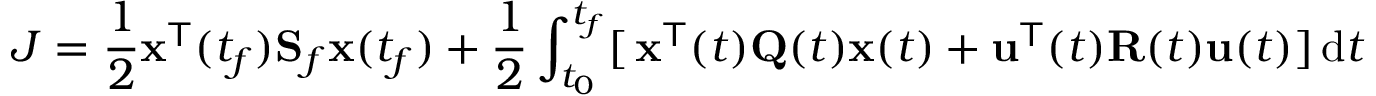
J = { \frac { 1 } { 2 } } \mathbf { x } ^ { \mathsf { T } } ( t _ { f } ) \mathbf { S } _ { f } \mathbf { x } ( t _ { f } ) + { \frac { 1 } { 2 } } \int _ { t _ { 0 } } ^ { t _ { f } } [ \, \mathbf { x } ^ { \mathsf { T } } ( t ) \mathbf { Q } ( t ) \mathbf { x } ( t ) + \mathbf { u } ^ { \mathsf { T } } ( t ) \mathbf { R } ( t ) \mathbf { u } ( t ) ] \, \mathrm { d } t